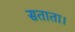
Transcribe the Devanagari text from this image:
सताता।